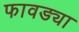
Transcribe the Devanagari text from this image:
फावड्या